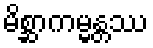
မိစ္ဆာကမ္မန္တဿ